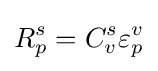
R_{p}^{s}=C_{v}^{s}\varepsilon _{p}^{v}